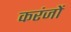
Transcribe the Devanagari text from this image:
करंजों